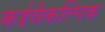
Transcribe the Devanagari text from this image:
कईवैकल्पिक